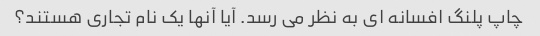
چاپ پلنگ افسانه ای به نظر می رسد. آیا آنها یک نام تجاری هستند؟